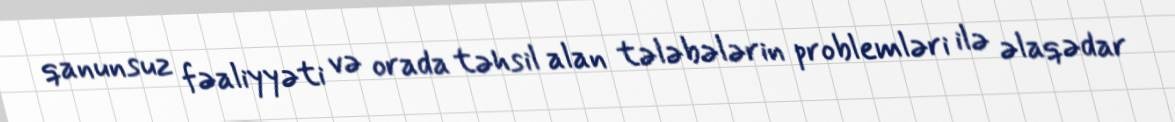
qanunsuz fəaliyyəti və orada təhsil alan tələbələrin problemləri ilə əlaqədar